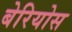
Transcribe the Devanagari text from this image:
बेरियोस